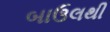
બાઉલથી